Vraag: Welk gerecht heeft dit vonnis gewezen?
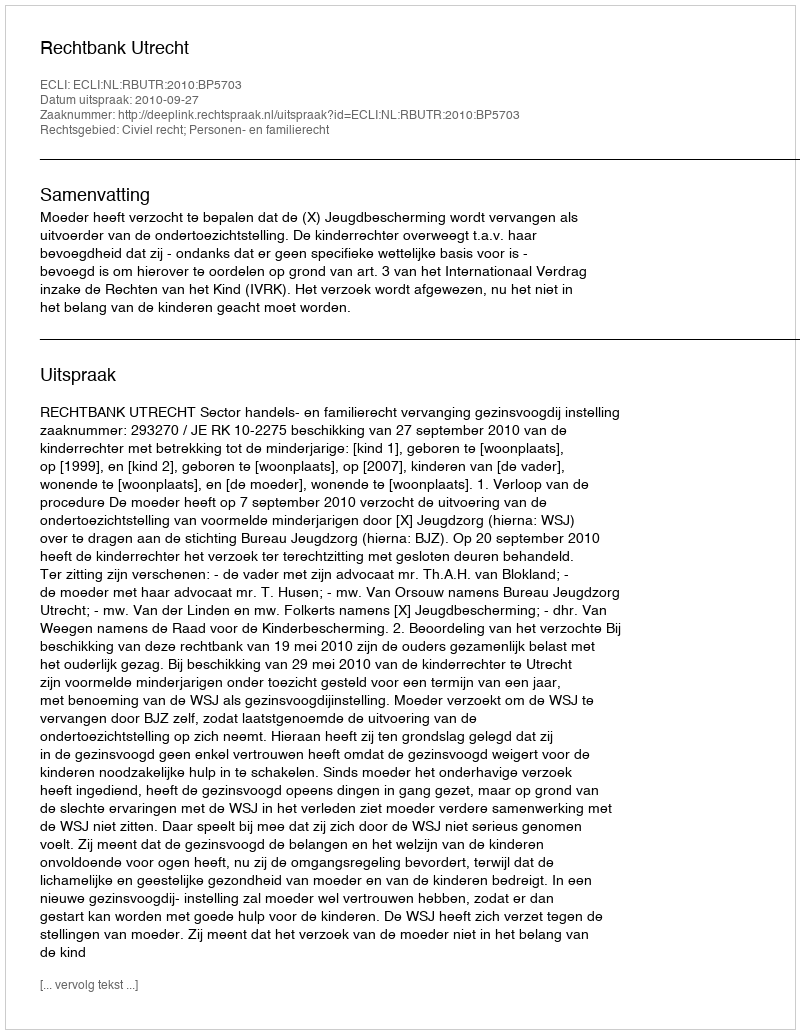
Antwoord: Rechtbank Utrecht